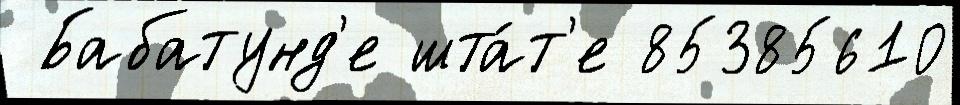
 Бабатунд'е шта́т'е 85385610